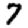
Digit: 7